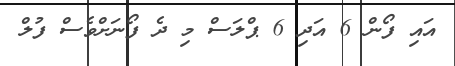
އައި ފޯން 6 އަދި 6 ޕްލަސް މި ދެ ފޯނަށްވެސް ފުލް